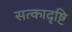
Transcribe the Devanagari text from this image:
सत्कादृष्टि